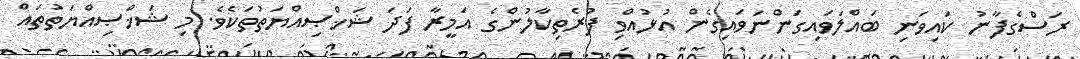
ރަސްގެފާނު ކައިވަނި ބައްލަވައިގަންނަވައިގެން އުޅުއްވި ފުރެތިކާލުންގެ އަމީރާ ފަދަ ޝަޚްޞިއްޔަތުތަކެވެ. މި ޝަޚްޞިއްޔަތުތައް